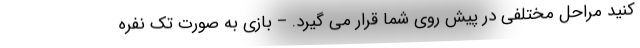
کنید مراحل مختلفی در پیش روی شما قرار می گیرد. – بازی به صورت تک نفره